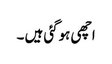
اچھی ہوگئی ہیں ۔